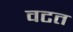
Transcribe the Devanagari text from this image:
वटत